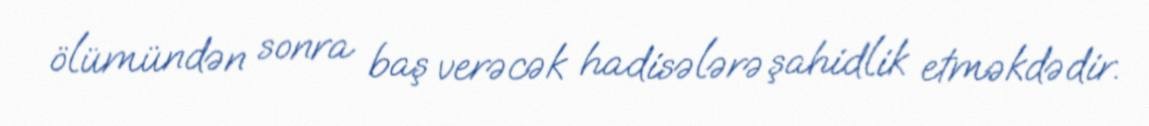
ölümündən sonra baş verəcək hadisələrə şahidlik etməkdədir.